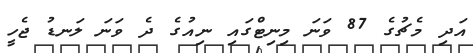
އަދި މެޗުގެ 87 ވަނަ މިނިޓްގައި ނިއުގެ ދެ ވަނަ ލަނޑު ޖެހީ